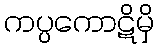
ကပ္ပကောဋိမှိ